Annual administration and progress report of the Indian Medical Department, Bombay
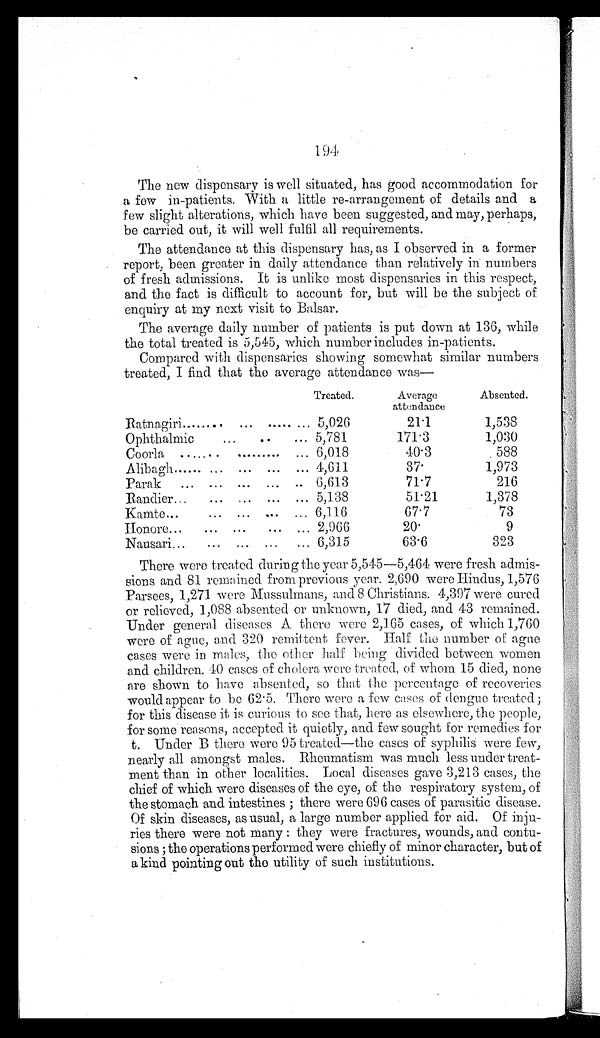
194
The new dispensary is well situated, has good accommodation for
a few in-patients. With a little re-arrangement of details and a
few slight alterations, which have been suggested, and may, perhaps,
be carried out, it will well fulfil all requirements.
The attendance at this dispensary has, as I observed in a former
report, been greater in daily attendance than relatively in numbers
of fresh admissions. It is unlike most dispensaries in this respect,
and the fact is difficult to account for, but will be the subject of
enquiry at my next visit to Balsar.
The average daily number of patients is put down at 136, while
the total treated is 5,545, which number includes in-patients.
Compared with dispensaries showing somewhat similar numbers
treated, I find that the average attendance was—
Treated.
Average
attendance
Absented.
Ratnagiri . . .
5,026
21.1
1,538
Ophthalmic . . .
5,781
171.3
1,030
Coorla . . .
6,018
40.3
588
Alibagh . . .
4,611
37.
1,973
Parak . . .
6,613
71.7
216
Randier . . .
5,138
51.21
1,378
Kamte . . .
6,116
67.7
73
Honore . . .
2,966
20.
9
Nausari . . .
6,315
63.6
323
There were treated during the year 5,545—5,464 were fresh admis
-
sions and 81 remained from previous year. 2,690 were Hindus, 1,576
Parsees, 1,271 were Mussulmans, and 8 Christians. 4,397 were cured
or relieved, 1,088 absented or unknown, 17 died, and 43 remained.
Under general diseases A there were 2,165 cases, of which 1,760
were of ague, and 320 remittent fever. Half the number of ague
cases were in males, the other half being divided between women
and children. 40 cases of cholera were treated, of whom 15 died, none
are shown to have absented, so that the percentage of recoveries
would appear to be 62.5. There were a few cases of dengue treated;
for this disease it is curious to see that, here as elsewhere, the people,
for some reasons, accepted it quietly, and few sought for remedies for
t. Under B there were 95 treated—the cases of syphilis were few,
nearly all amongst males. Rheumatism was much less under treat
-
ment than in other localities. Local diseases gave 3,213 cases, the
chief of which were diseases of the eye, of the respiratory system, of
the stomach and intestines; there were 696 cases of parasitic disease.
Of skin diseases, as usual, a large number applied for aid. Of inju
-
ries there were not many: they were fractures, wounds, and contu
-
sions; the operations performed were chiefly of minor character, but of
a kind pointing out the utility of such institutions.